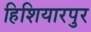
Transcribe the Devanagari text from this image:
हिशियारपुर